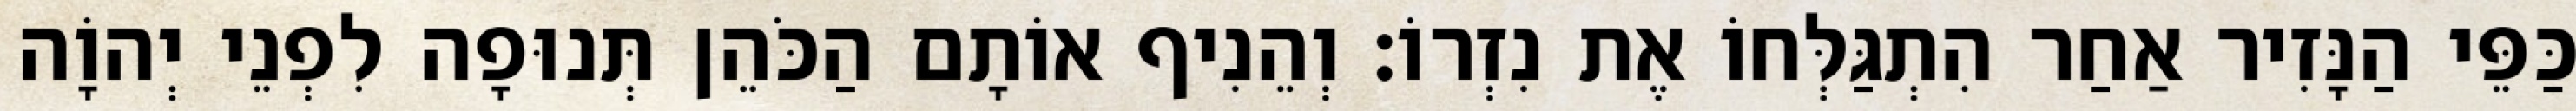
כַּפֵּי הַנָּזִיר אַחַר הִתְגַּלְּחוֹ אֶת נִזְרוֹ׃ וְהֵנִיף אוֹתָם הַכֹּהֵן תְּנוּפָה לִפְנֵי יְהוָֹה